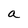
Character: a